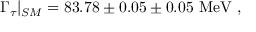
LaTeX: \Gamma _ { \tau } | _ { S M } = 8 3 . 7 8 \pm 0 . 0 5 \pm 0 . 0 5 \ \mathrm { M e V } \ ,